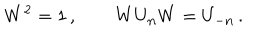
W ^ { 2 } = 1 \, , \qquad W U _ { \bf n } W = U _ { - \bf n } \, .